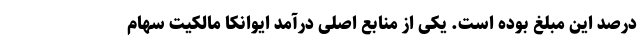
درصد این مبلغ بوده است. یکی از منابع اصلی درآمد ایوانکا مالکیت سهام